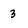
Character: 3